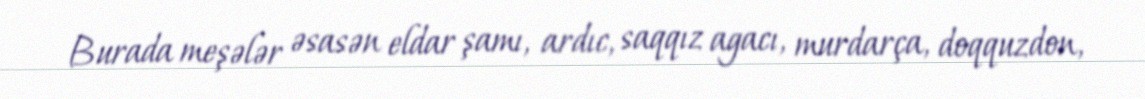
Burada meşələr əsasən eldar şamı, ardıc, saqqız agacı, murdarça, doqquzdon,